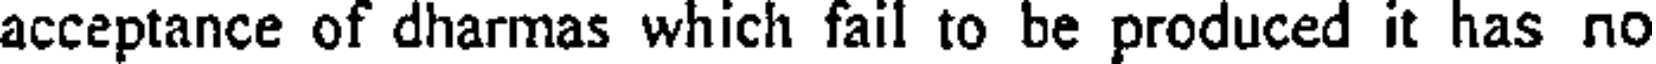
acceptance of dharmas which fail to be produced it has no